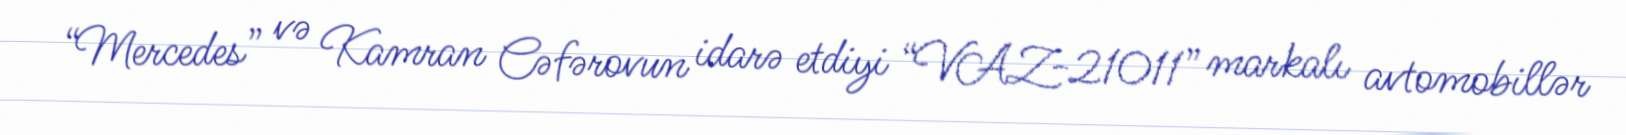
“Mercedes” və Kamran Cəfərovun idarə etdiyi “VAZ-21011” markalı avtomobillər